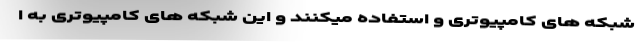
شبکه های کامپیوتری و استفاده میکنند و این شبکه های کامپیوتری به ا